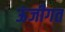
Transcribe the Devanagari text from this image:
ऊंजीगत